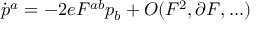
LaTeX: \dot { p } ^ { a } = - 2 e F ^ { a b } p _ { b } + { \cal O } ( F ^ { 2 } , \partial F , . . . )